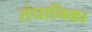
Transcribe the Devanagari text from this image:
संधानिका